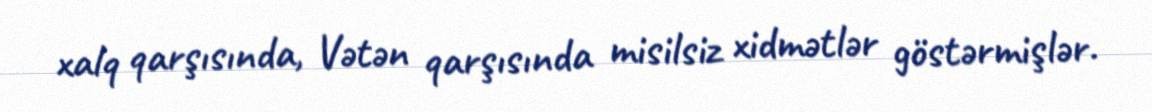
xalq qarşısında, Vətən qarşısında misilsiz xidmətlər göstərmişlər.